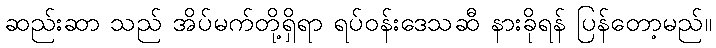
ဆည်းဆာ သည် အိပ်မက်တို့ရှိရာ ရပ်ဝန်းဒေသဆီ နားခိုရန် ပြန်တော့မည်။